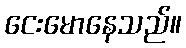
ငေးမောနေသည်။